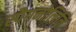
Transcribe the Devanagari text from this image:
स्पैगनोलिनि